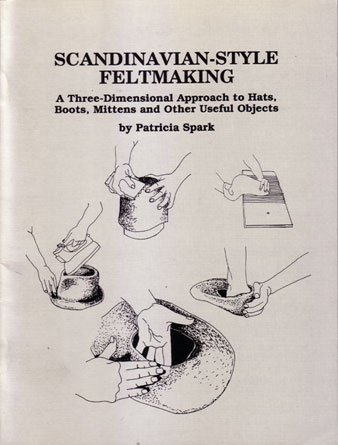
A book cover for Scandinavian-Style Feltmaking: A Three-Dimensional Approach to Hats, Boots, Mittens, and Other Useful Objects; Patricia Spark; Crafts, Hobbies & Home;